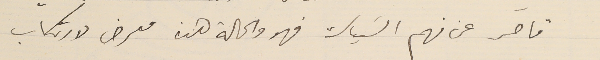
قاصر عن فهم السَياسة فهو والحالة هذه معرض لارتكاب